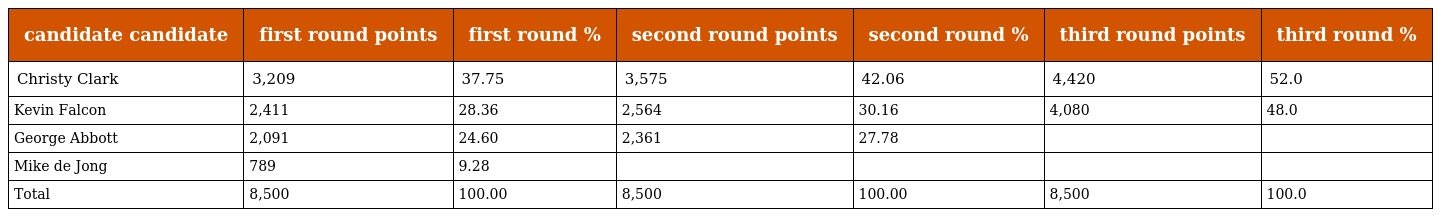
| candidate candidate | first round points | first round % | second round points | second round % | third round points | third round % |
 | --- | --- | --- | --- | --- | --- | --- |
 | Christy Clark | 3,209 | 37.75 | 3,575 | 42.06 | 4,420 | 52.0 |
 | Kevin Falcon | 2,411 | 28.36 | 2,564 | 30.16 | 4,080 | 48.0 |
 | George Abbott | 2,091 | 24.60 | 2,361 | 27.78 |  |  |
 | Mike de Jong | 789 | 9.28 |  |  |  |  |
 | Total | 8,500 | 100.00 | 8,500 | 100.00 | 8,500 | 100.0 |